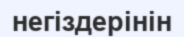
негіздерінін